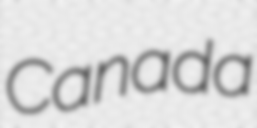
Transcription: Canada